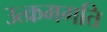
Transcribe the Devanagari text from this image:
उत्क्रमगति